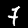
Label: 7